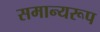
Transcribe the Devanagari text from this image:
समान्यरूप